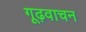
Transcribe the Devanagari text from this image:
गूढ़वाचन